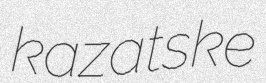
kazatske